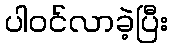
ပါဝင်လာခဲ့ပြီး